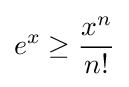
e^{x}\geq {\frac {x^{n}}{n!}}